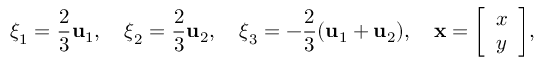
{ \boldsymbol { \xi } } _ { 1 } = { \frac { 2 } { 3 } } \mathbf { u } _ { 1 } , \quad { \boldsymbol { \xi } } _ { 2 } = { \frac { 2 } { 3 } } \mathbf { u } _ { 2 } , \quad { \boldsymbol { \xi } } _ { 3 } = - { \frac { 2 } { 3 } } ( \mathbf { u } _ { 1 } + \mathbf { u } _ { 2 } ) , \quad \mathbf { x } = { \left[ \begin{array} { l } { x } \\ { y } \end{array} \right] } ,